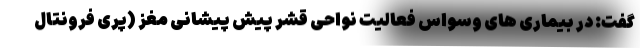
گفت:‌ در بیماری های وسواس فعالیت نواحی قشر پیش پیشانی مغز (پری فرونتال